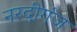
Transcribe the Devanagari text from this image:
नरदीगंज